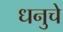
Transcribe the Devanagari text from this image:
धनुचे